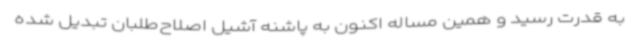
به قدرت رسید و همین مساله اکنون به پاشنه آشیل اصلاح‌طلبان تبدیل شده